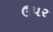
ઉ૫ર